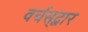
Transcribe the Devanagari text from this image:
वर्चस्‌द्वार